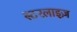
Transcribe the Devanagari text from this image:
स्टरलाइज़